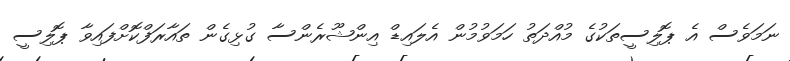
ނަމަވެސް އެ ޕޮލިސީތަކުގެ މުއްދަތު ހަމަވުމުން އެލައިޑް އިންޝޫރެންސާ ގުޅިގެން ތައާރަފްކޮށްފައިވާ ޕޮލިސީ